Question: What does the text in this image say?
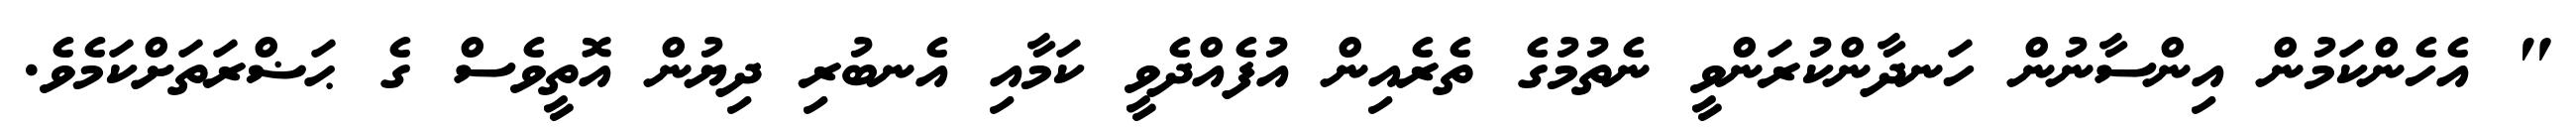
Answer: " އެހެންކަމުން އިންސާނުން ހަނދާންކުރަންވީ ނެތުމުގެ ތެރެއިން އުފެއްދެވީ ކަމާއި އެނބުރި ދިޔުން އޮތީވެސް ގެ ޙަޟްރަތަށްކަމެވެ.